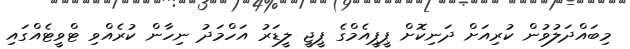
މިބައްދަލުވުން ކުރިއަށް ދަނިކޮށް ޕީޕީއެމްގެ ޕީޖީ ލީޑަރު އަހްމަދު ނިހާން ކުރެއްވި ޓްވީޓެއްގައި